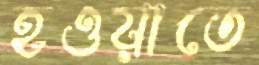
হওয়াতে